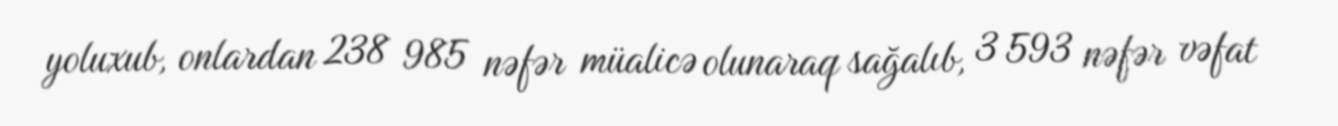
yoluxub, onlardan 238 985 nəfər müalicə olunaraq sağalıb, 3 593 nəfər vəfat